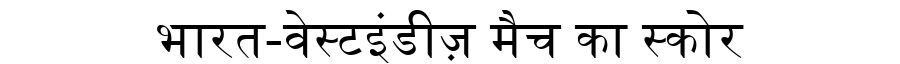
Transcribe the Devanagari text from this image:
भारत-वेस्टइंडीज़ मैच का स्कोर